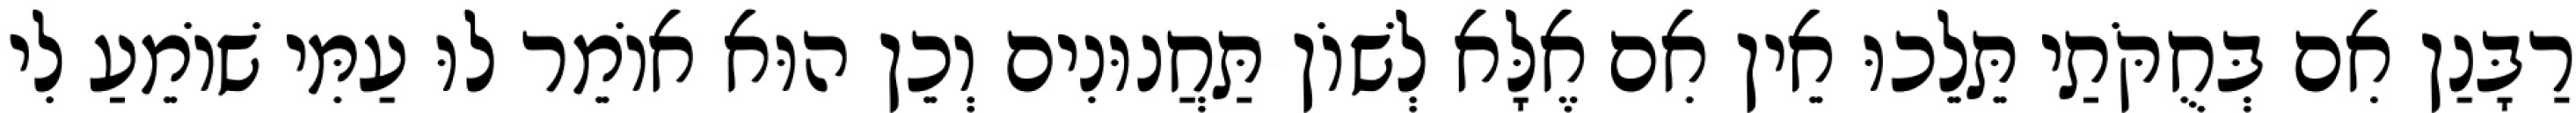
רַבָּנַן אִם בְּחֻקֹּתַי תֵּלֵכוּ אֵין אִם אֶלָּא לְשׁוֹן תַּחֲנוּנִים וְכֵן הוּא אוֹמֵר לוּ עַמִּי שׁוֹמֵעַ לִי